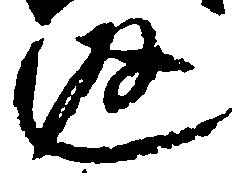
返